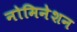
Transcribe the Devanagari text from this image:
नोमिनेशन